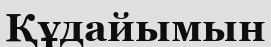
Құдайымын